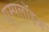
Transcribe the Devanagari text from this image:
एम्‍पलॉइज